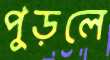
পুড়লে